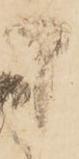
申